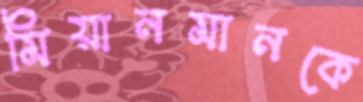
মিয়ানমানকে